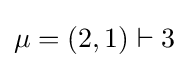
\mu =(2,1)\vdash 3